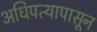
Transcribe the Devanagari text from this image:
अधिपत्यापासून